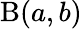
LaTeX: \textstyle\mathrm{\mathrm{B}}(a,b)